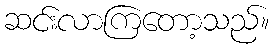
ဆင်းလာကြတော့သည်။